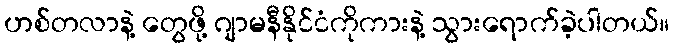
ဟစ်တလာနဲ့ တွေဖို့ ဂျာမနီနိုင်ငံကိုကားနဲ့ သွားရောက်ခဲ့ပါတယ်။